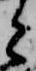
と